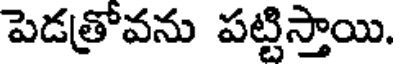
పెడత్రోవను పట్టిస్తాయి.